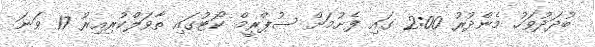
ބުދަދުވަހު މެންދުރު 2:00 ގައި ފެށުމަށް ސުޕްރީމް ކޯޓުގައި ތާވަލްކުރިއިރު 17 ވަނަ